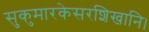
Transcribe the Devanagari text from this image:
सुकुमारकेसरशिखानि।